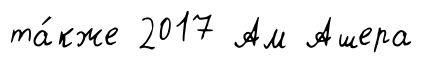
та́кже 2017 Ам Ашера